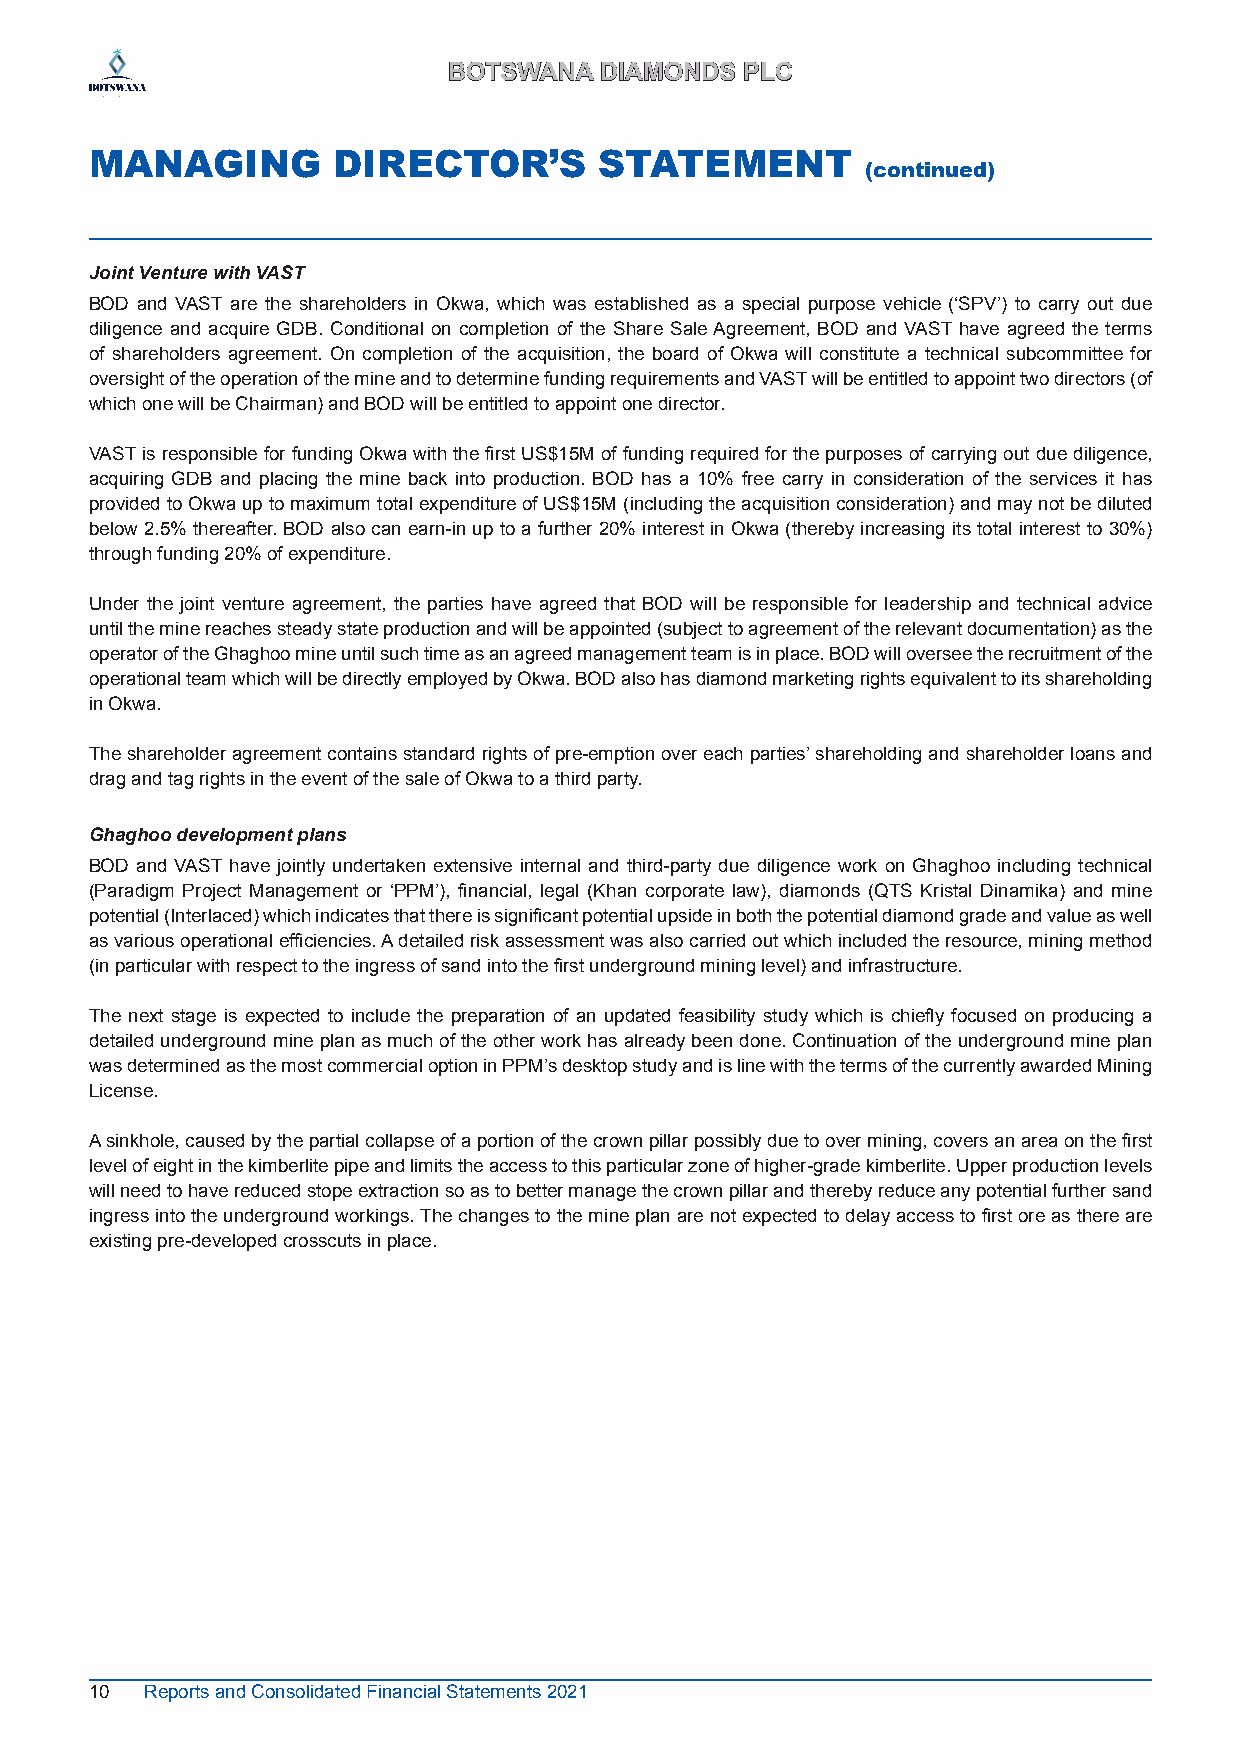
BBOOTTSSWWAANNAA DDIIAAMMOONNDDSS PPLLCC
 MANAGING        DIRECTOR’S        STATEMENT
 (continued)
 Joint Venture with VAST
 BOD and VAST are the shareholders in Okwa, which was established as a special purpose vehicle (‘SPV’) to carry out due
 diligence and acquire GDB. Conditional on completion of the Share Sale Agreement, BOD and VAST have agreed the terms
 of shareholders agreement. On completion of the acquisition, the board of Okwa will constitute a technical subcommittee for
 oversight of the operation of the mine and to determine funding requirements and VAST will be entitled to appoint two directors (of
 which one will be Chairman) and BOD will be entitled to appoint one director.
 VAST is responsible for funding Okwa with the first US$15M of funding required for the purposes of carrying out due diligence,
 acquiring GDB and placing the mine back into production. BOD has a 10% free carry in consideration of the services it has
 provided to Okwa up to maximum total expenditure of US$15M (including the acquisition consideration) and may not be diluted
 below 2.5% thereafter. BOD also can earn-in up to a further 20% interest in Okwa (thereby increasing its total interest to 30%)
 through funding 20% of expenditure.
 Under the joint venture agreement, the parties have agreed that BOD will be responsible for leadership and technical advice
 until the mine reaches steady state production and will be appointed (subject to agreement of the relevant documentation) as the
 operator of the Ghaghoo mine until such time as an agreed management team is in place. BOD will oversee the recruitment of the
 operational team which will be directly employed by Okwa. BOD also has diamond marketing rights equivalent to its shareholding
 in Okwa.
 The shareholder agreement contains standard rights of pre-emption over each parties’ shareholding and shareholder loans and
 drag and tag rights in the event of the sale of Okwa to a third party.
 Ghaghoo development plans
 BOD and VAST have jointly undertaken extensive internal and third-party due diligence work on Ghaghoo including technical
 (Paradigm Project Management or ‘PPM’), financial, legal (Khan corporate law), diamonds (QTS Kristal Dinamika) and mine
 potential (Interlaced) which indicates that there is significant potential upside in both the potential diamond grade and value as well
 as various operational efficiencies. A detailed risk assessment was also carried out which included the resource, mining method
 (in particular with respect to the ingress of sand into the first underground mining level) and infrastructure.
 The next stage is expected to include the preparation of an updated feasibility study which is chiefly focused on producing a
 detailed underground mine plan as much of the other work has already been done. Continuation of the underground mine plan
 was determined as the most commercial option in PPM’s desktop study and is line with the terms of the currently awarded Mining
 License.
 A sinkhole, caused by the partial collapse of a portion of the crown pillar possibly due to over mining, covers an area on the first
 level of eight in the kimberlite pipe and limits the access to this particular zone of higher-grade kimberlite. Upper production levels
 will need to have reduced stope extraction so as to better manage the crown pillar and thereby reduce any potential further sand
 ingress into the underground workings. The changes to the mine plan are not expected to delay access to first ore as there are
 existing pre-developed crosscuts in place.
 10  Reports and Consolidated Financial Statements 2021